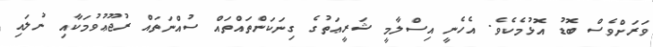
ވަރަށްވެސް ބޮޑު އޮޅުމެކެވެ. އެހެނީ އިސްލާމީ ޝަރީޢަތުގެ ގިނަކަންތައްތައް ސުއްނަތައް ރުޖޫޢުވުމަކާއި ނުލައި